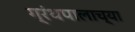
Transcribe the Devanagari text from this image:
ग्रंथपालाच्या